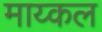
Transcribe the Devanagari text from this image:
माय्कल